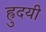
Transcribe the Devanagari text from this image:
ह्रुदयी